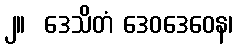
၂။  ဒေသိတံ ဒေဝဒေဝေန၊